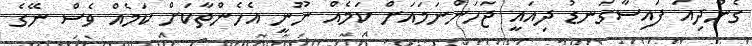
ގެންދިއަ ފައިސާގަނޑު ދިއައީ ޖަހަންނަމައަށް ކަމެއް ނޫނީ އެހެންތާކަށް ކަމެއް ވެސް ނޭގެ